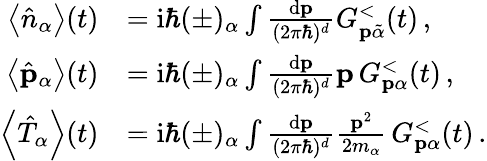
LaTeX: \begin{array}{rl}{\left\langle\hat{n}_{\alpha}\right\rangle(t)}&{=\mathrm{i}\hbar(\pm)_{\alpha}\int\frac{\mathrm{d}\mathbf{p}}{(2\pi\hbar)^{d}}G_{\mathbf{p}\tilde{\alpha}}^{<}(t)\, ,}\\ {\left\langle\hat{\mathbf{p}}_{\alpha}\right\rangle(t)}&{=\mathrm{i}\hbar(\pm)_{\alpha}\int\frac{\mathrm{d}\mathbf{p}}{(2\pi\hbar)^{d}}\mathbf{p}\, G_{\mathbf{p}\alpha}^{<}(t)\, ,}\\ {\left\langle\hat{T}_{\alpha}\right\rangle(t)}&{=\mathrm{i}\hbar(\pm)_{\alpha}\int\frac{\mathrm{d}\mathbf{p}}{(2\pi\hbar)^{d}}\frac{\mathbf{p}^{2}}{2m_{\alpha}}\, G_{\mathbf{p}\alpha}^{<}(t)\, .}\end{array}